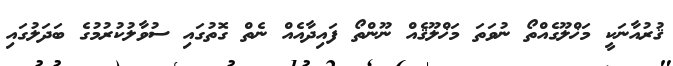
ޤުރުއާނަކީ މަޚްލޫގެއްތޯ ނުވަތަ މަޚްލޫޤެއް ނޫންތޯ ފައިދާއެއް ނެތް ގޮތުގައި ސުވާލުކުރުމުގެ ބަދަލުގައި